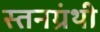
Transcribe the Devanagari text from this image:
स्तनग्रंथी